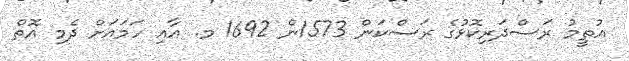
އުތީމު ރަސްދަރިކޮޅުގެ ރަސްކަން 1573ން 1692 މ. އާއި ހަމައަށް ދެމި އޮތް